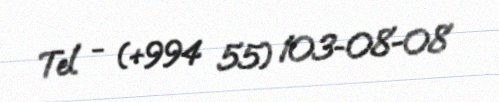
Tel - (+994 55) 103-08-08